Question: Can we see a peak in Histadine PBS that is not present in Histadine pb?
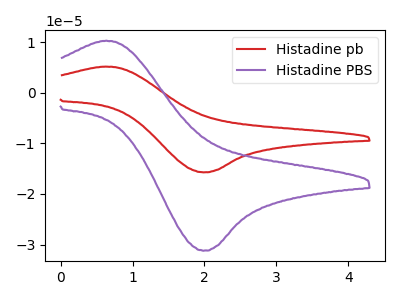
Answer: <think>The red curve "Histadine pb" has an anodic peak at (0.60V, 5.20uA) and a cathodic peak at (2.00V, -15.70uA). The purple curve "Histadine PBS" has an anodic peak at (0.60V, 10.30uA) and a cathodic peak at (2.00V, -31.20uA).
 All the peaks in "Histadine PBS" have a peak in "Histadine pb" at the same potential. Every peak in "Histadine PBS" is higher than every peak in "Histadine pb".</think>
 <answer>No, "Histadine PBS" and "Histadine pb" don't appear to be significantly different in shape</answer>
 <eval>no_change</eval>